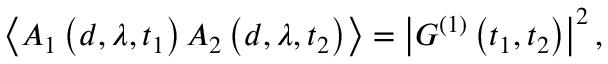
\left\langle A _ { 1 } \left( d , \lambda , t _ { 1 } \right) A _ { 2 } \left( d , \lambda , t _ { 2 } \right) \right\rangle = \left\vert G ^ { ( 1 ) } \left( t _ { 1 } , t _ { 2 } \right) \right\vert ^ { 2 } ,